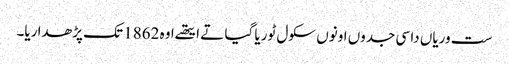
ست وریاں دا سی جدوں اونوں سکول ٹوریا گیا تے ایتھے اوہ 1862 تک پڑھدا ریا۔